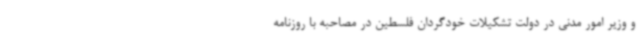
و وزیر امور مدنی در دولت تشکیلات خودگردان فلسطین در مصاحبه با روزنامه